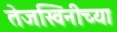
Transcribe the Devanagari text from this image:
तेजस्विनीच्या